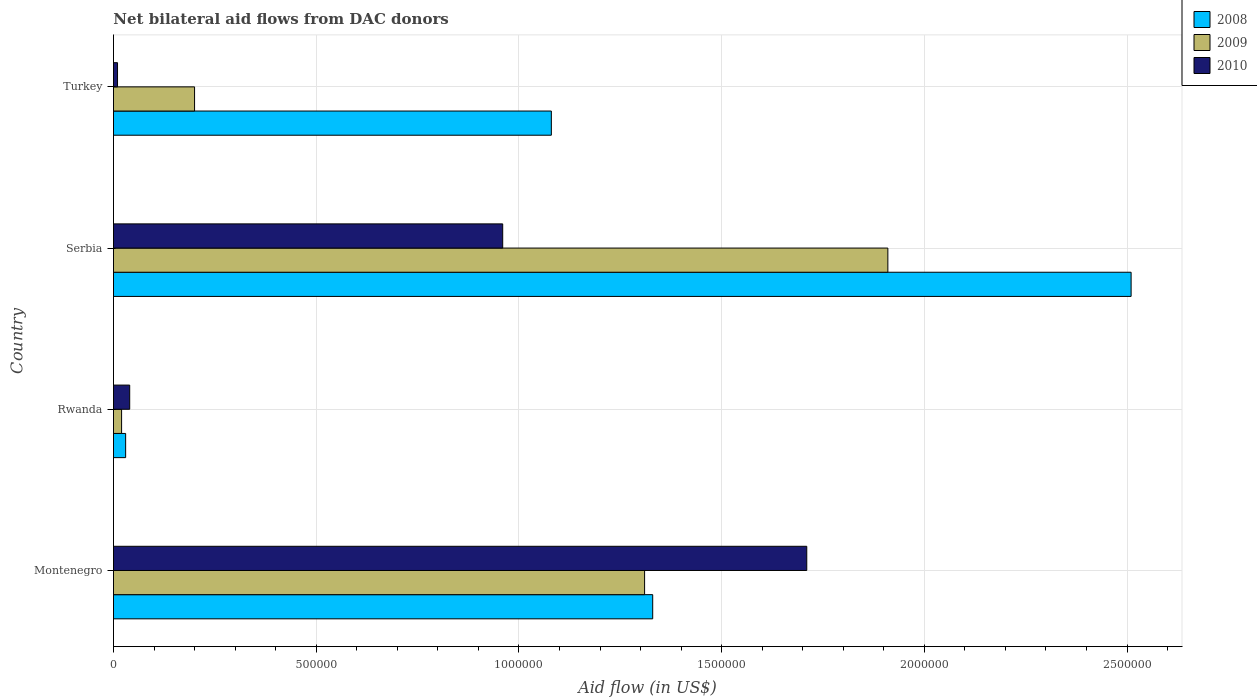
| Country | 2008 | 2009 | 2010 |
 | --- | --- | --- | --- |
 | Montenegro | 1.33e+06 | 1.31e+06 | 1.71e+06 |
 | Rwanda | 3e+04 | 2e+04 | 4e+04 |
 | Serbia | 2.51e+06 | 1.91e+06 | 9.6e+05 |
 | Turkey | 1.08e+06 | 2e+05 | 1e+04 |